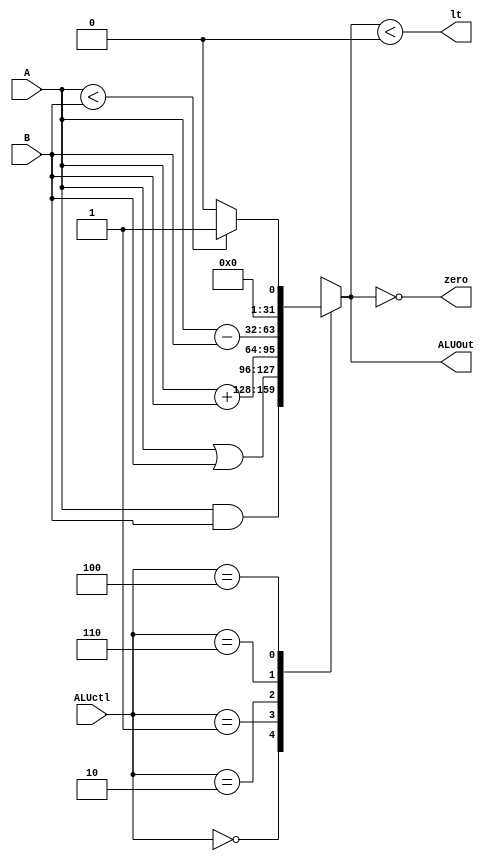
module ALU (
    input [3:0] ALUctl,
    input signed [31:0] A,B,
    output reg signed [31:0] ALUOut,
    output zero,
	output lt
);
    // ALU has two operand, it execute different operator based on ALUctl wire 
    // output zero is for determining taking branch or not (or you can change the design as you wish)

    // TODO: implement your ALU here
    // Hint: you can use operator to implement
	assign zero = (ALUOut == 0);
	assign lt = (ALUOut < 0);

	always @(*) begin
		case (ALUctl)
			4'b0000: ALUOut = A & B;
			4'b0001: ALUOut = A | B;
			4'b0010: ALUOut = A + B;
			4'b0110: ALUOut = A - B;
			4'b0100: ALUOut = ((A < B) ? { 31'b0, 1'b1 } : 32'b0);
			default: ALUOut = { 32{1'bx} };
		endcase
	end

endmodule